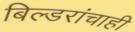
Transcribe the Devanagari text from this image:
बिल्डरांचाही